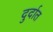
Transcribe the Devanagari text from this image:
दुर्दात